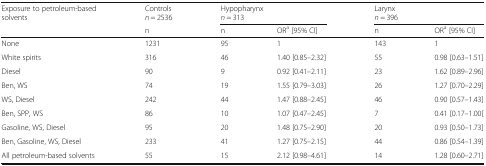
<table><thead><tr><td rowspan="2"><b>Exposure to petroleum-based solvents</b></td><td><b>Controls<i>n</i> = 2536</b></td><td colspan="2"><b>Hypopharynx<i>n</i> = 313</b></td><td colspan="2"><b>Larynx<i>n</i> = 396</b></td></tr><tr><td><b>n</b></td><td><b>n</b></td><td><b>OR<sup>a</sup> [95% CI]</b></td><td><b>n</b></td><td><b>OR<sup>a</sup> [95% CI]</b></td></tr></thead><tbody><tr><td>None</td><td>1231</td><td>95</td><td>1</td><td>143</td><td>1</td></tr><tr><td>White spirits</td><td>316</td><td>46</td><td>1.40 [0.85–2.32]</td><td>55</td><td>0.98 [0.63–1.51]</td></tr><tr><td>Diesel</td><td>90</td><td>9</td><td>0.92 [0.41–2.11]</td><td>23</td><td>1.62 [0.89–2.96]</td></tr><tr><td>Ben, WS</td><td>74</td><td>19</td><td>1.55 [0.79–3.03]</td><td>26</td><td>1.27 [0.70–2.29]</td></tr><tr><td>WS, Diesel</td><td>242</td><td>44</td><td>1.47 [0.88–2.45]</td><td>46</td><td>0.90 [0.57–1.43]</td></tr><tr><td>Ben, SPP, WS</td><td>86</td><td>10</td><td>1.07 [0.47–2.45]</td><td>7</td><td>0.41 [0.17–1.00[</td></tr><tr><td>Gasoline, WS, Diesel</td><td>95</td><td>20</td><td>1.48 [0.75–2.90]</td><td>20</td><td>0.93 [0.50–1.73]</td></tr><tr><td>Ben, Gasoline, WS, Diesel</td><td>233</td><td>41</td><td>1.27 [0.75–2.15]</td><td>44</td><td>0.86 [0.54–1.39]</td></tr><tr><td>All petroleum-based solvents</td><td>55</td><td>15</td><td>2.12 [0.98–4.61]</td><td>14</td><td>1.28 [0.60–2.71]</td></tr></tbody></table>